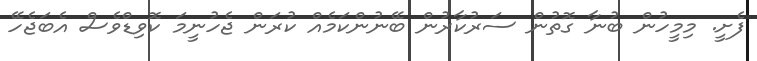
ފެށީ. މިމީހުން ބުނާ ގޮތުން ސަރުކާރުން ބޭނުންކަމެއް ކުރަން ޖެހުނީމަ ކޮވިޑްވެސް އެބަޖެހޭ